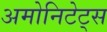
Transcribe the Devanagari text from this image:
अमोनिटेट्स